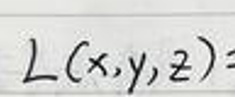
\[
L(x,y,z)=
\]